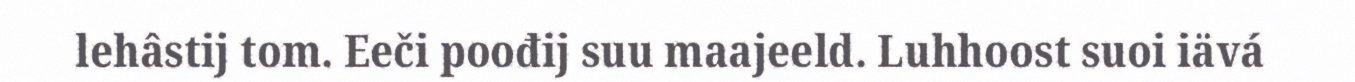
lehâstij tom. Eeči poođij suu maajeeld. Luhhoost suoi iävá